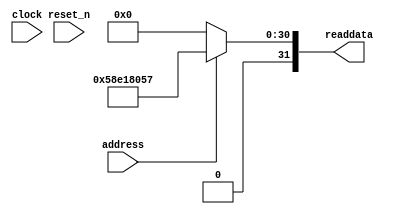
module niosII_system_sysid_qsys_0 (
               // inputs:
                address,
                clock,
                reset_n,

               // outputs:
                readdata
             )
;

  output  [ 31: 0] readdata;
  input            address;
  input            clock;
  input            reset_n;

  wire    [ 31: 0] readdata;
  //control_slave, which is an e_avalon_slave
  assign readdata = address ? 1491173463 : 0;

endmodule